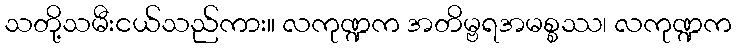
သတို့သမီးငယ်သည်ကား။ လကုဏ္ဍက အတိမ္ဗရအမစ္စဿ၊ လကုဏ္ဍက